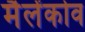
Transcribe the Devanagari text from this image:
मैलेंकोव